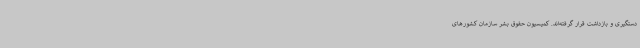
دستگیری و بازداشت قرار گرفته‌اند. کمیسیون حقوق بشر سازمان کشورهای